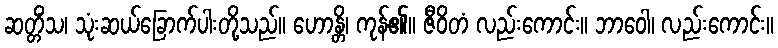
ဆတ္တိံသ၊ သုံးဆယ်ခြောက်ပါးတို့သည်။ ဟောန္တိ၊ ကုန်၏။ ဇီဝိတံ လည်းကောင်း။ ဘာဝေါ၊ လည်းကောင်း။